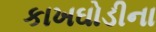
કાખઘોડીના